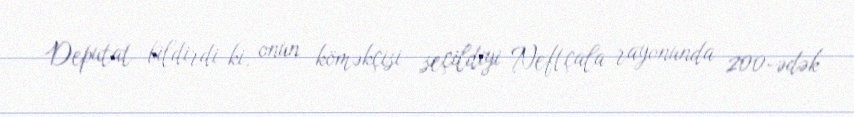
Deputat bildirdi ki, onun köməkçisi seçildiyi Neftçala rayonunda 200-ədək